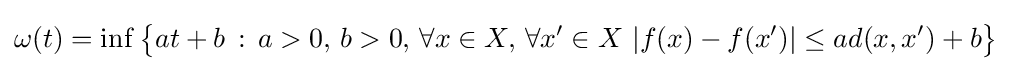
\omega (t)=\inf {\big \{}at+b\,:\,a>0,\,b>0,\,\forall x\in X,\,\forall x'\in X\,\,|f(x)-f(x')|\leq ad(x,x')+b{\big \}}